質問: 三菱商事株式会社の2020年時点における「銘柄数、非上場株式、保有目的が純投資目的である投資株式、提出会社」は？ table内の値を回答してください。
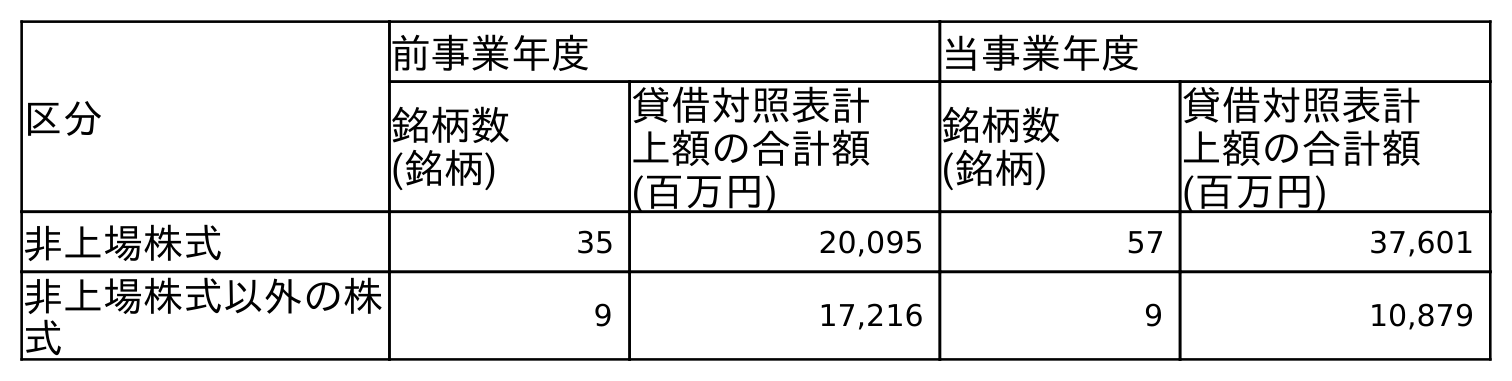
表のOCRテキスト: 区分 前事業年度 当事業年度 銘柄数 (銘柄) 貸借対照表計 上額の合計額 (百万円) 銘柄数 (銘柄) 貸借対照表計 上額の合計額 (百万円) 非上場株式 35 20,095 57 37,601 非上場株式以外の株 式 9 17,216 9 10,879
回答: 57